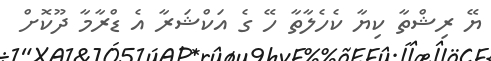
ޔޭ ރިޝްތާ ކިޔާ ކެހެލާތާ ހޭ ގެ އަކްޝަރާ އެ ޑްރާމާ ދޫކޮށް